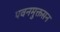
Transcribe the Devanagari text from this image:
पवनमुक्तसन